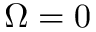
\Omega = 0